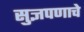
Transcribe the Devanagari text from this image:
सुज्ञपणाचे